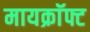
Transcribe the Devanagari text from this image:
मायक्राॅफ्ट